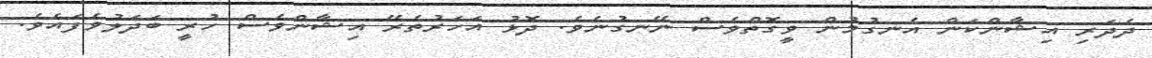
ދެދަރި އިޝާންކަން އެނގުމުން ވީގޮތްވެސް ނޭނގުނެވެ. ދޮޅު އަހަރުތެރޭ އިޝާންވެސް ހުރީ ބަދަލުވެފައެވެ.